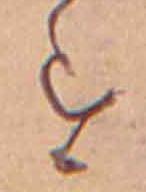
す